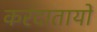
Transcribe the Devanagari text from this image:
करदातायों